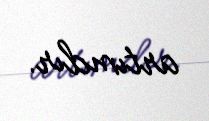
artımdır.